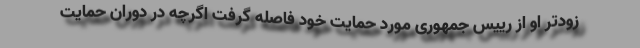
زودتر او از رییس جمهوری مورد حمایت خود فاصله گرفت اگرچه در دوران حمایت